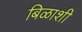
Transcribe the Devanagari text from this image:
बिळाशी